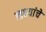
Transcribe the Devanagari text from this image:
लक्ष्यांचे